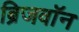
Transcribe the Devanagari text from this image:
ब्रिजवॉन